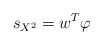
\begin{align*}s_{X^{2}}=w^{T}\varphi\end{align*}